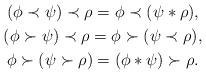
LaTeX: \begin{gather*}(\phi \prec \psi) \prec \rho = \phi \prec (\psi * \rho), \\ (\phi \succ \psi) \prec \rho = \phi \succ (\psi \prec \rho), \\ \phi \succ (\psi \succ \rho) = (\phi * \psi)\succ \rho. \end{gather*}